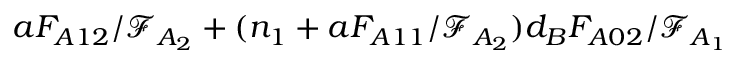
a F _ { A 1 2 } / \mathcal { F } _ { A _ { 2 } } + ( n _ { 1 } + a F _ { A 1 1 } / \mathcal { F } _ { A _ { 2 } } ) d _ { B } F _ { A 0 2 } / \mathcal { F } _ { A _ { 1 } }